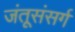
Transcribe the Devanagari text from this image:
जंतूसंसर्ग